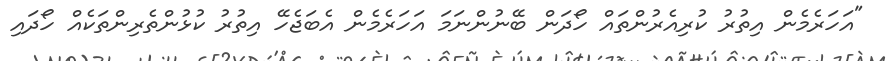
"އަހަރެމެން އިތުުރު ކުރިއެރުންތައް ހޯދަން ބޭނުންނަމަ އަހަރެމެން އެބަޖެހޭ އިތުރު ކުޅުންތެރިންތަކެއް ހޯދައި